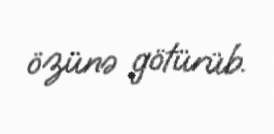
özünə götürüb.